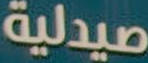
صيدلية